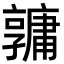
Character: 𤰎